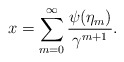
\begin{align*}x=\sum_{m=0}^\infty\frac{\psi(\eta_m)}{\gamma^{m+1}}.\end{align*}